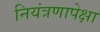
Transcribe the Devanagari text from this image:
नियंत्रणापेक्षा